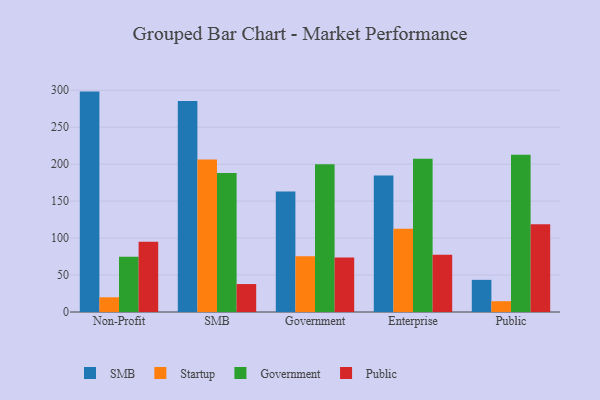
{"axis": {"x": "Segment", "y": "Population (Million)"}, "legend": ["Government", "Public", "SMB", "Startup"], "data": [{"x": "Non-Profit", "y": 298.2, "type": "SMB"}, {"x": "Non-Profit", "y": 19.9, "type": "Startup"}, {"x": "Non-Profit", "y": 74.7, "type": "Government"}, {"x": "Non-Profit", "y": 95.2, "type": "Public"}, {"x": "SMB", "y": 285.4, "type": "SMB"}, {"x": "SMB", "y": 206.4, "type": "Startup"}, {"x": "SMB", "y": 188.2, "type": "Government"}, {"x": "SMB", "y": 37.8, "type": "Public"}, {"x": "Government", "y": 163.1, "type": "SMB"}, {"x": "Government", "y": 75.5, "type": "Startup"}, {"x": "Government", "y": 199.8, "type": "Government"}, {"x": "Government", "y": 73.7, "type": "Public"}, {"x": "Enterprise", "y": 184.6, "type": "SMB"}, {"x": "Enterprise", "y": 112.8, "type": "Startup"}, {"x": "Enterprise", "y": 207.2, "type": "Government"}, {"x": "Enterprise", "y": 77.6, "type": "Public"}, {"x": "Public", "y": 43.5, "type": "SMB"}, {"x": "Public", "y": 14.6, "type": "Startup"}, {"x": "Public", "y": 212.6, "type": "Government"}, {"x": "Public", "y": 118.6, "type": "Public"}]}